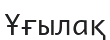
Ұғылақ